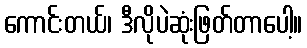
ကောင်းတယ်၊ ဒီလိုပဲဆုံးဖြတ်တာပေါ့။